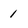
Character: 1